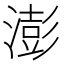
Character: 澎